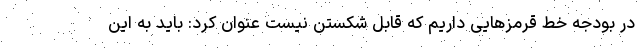
در بودجه خط قرمزهایی داریم که قابل شکستن نیست عنوان کرد: باید به این